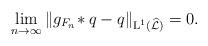
LaTeX: \begin{align*}\lim_{n\to\infty} \| g_{F_n}\!\ast q - q \|_{\textup{L}^1(\widehat{\mathcal{L}})} = 0.\end{align*}